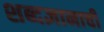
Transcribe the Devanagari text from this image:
शब्दज्ञानाची